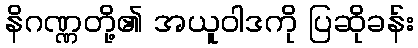
နိဂဏ္ဏတို့၏ အယူဝါဒကို ပြဆိုခန်း